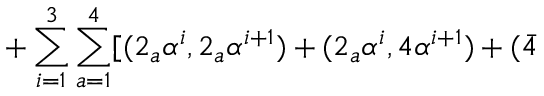
+ \sum _ { i = 1 } ^ { 3 } \sum _ { a = 1 } ^ { 4 } [ ( 2 _ { a } \alpha ^ { i } , 2 _ { a } \alpha ^ { i + 1 } ) + ( 2 _ { a } \alpha ^ { i } , 4 \alpha ^ { i + 1 } ) + ( \bar { 4 }